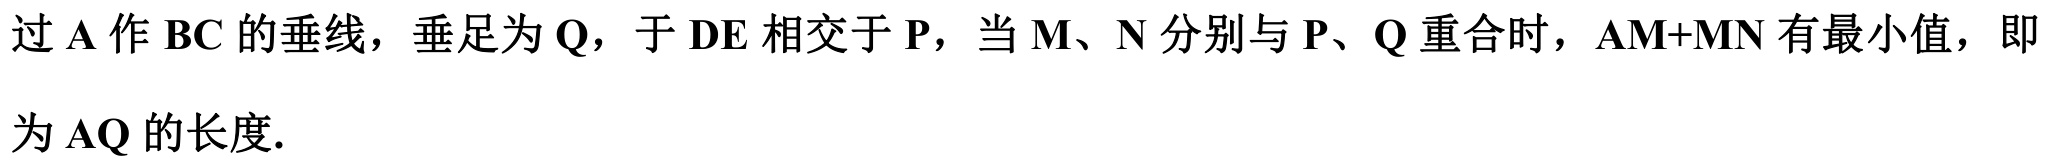
过\(A\)作\(BC\)的垂线，垂足为\(Q\)，于\(DE\)相交于\(P\)，当\(M、N\)分别与\(P、Q\)重合时，\(AM + MN\)有最小值，即为\(AQ\)的长度.